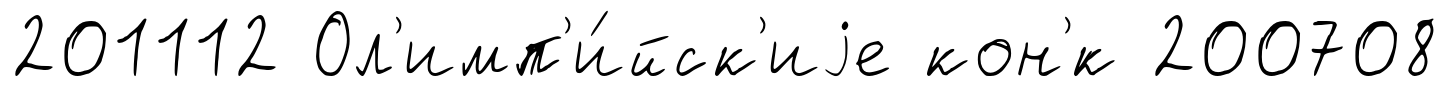
201112 Ол'имп'и́йск'иjе кон'́к 200708